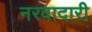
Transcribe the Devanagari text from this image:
नरवादारी